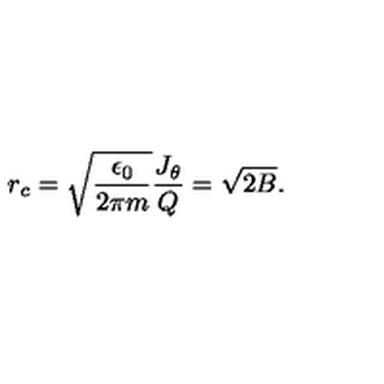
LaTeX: r _ { c } = \sqrt { { \frac { \epsilon _ { 0 } } { 2 \pi m } } } { \frac { J _ { \theta } } { Q } } = \sqrt { 2 B } .